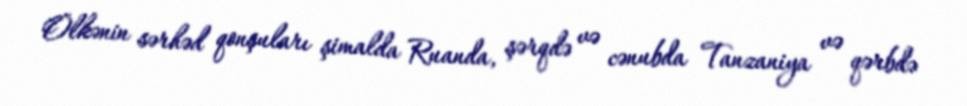
Ölkənin sərhəd qonşuları şimalda Ruanda, şərqdə və cənubda Tanzaniya və qərbdə